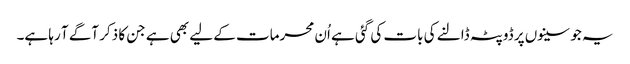
یہ جو سینوں پر ڈوپٹہ ڈالنے کی بات کی گئی ہے اُن محرمات کے لیے بھی ہے جن کا ذکر آگے آ رہا ہے۔